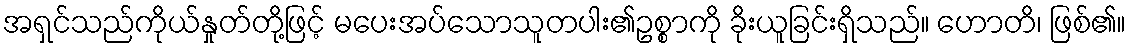
အရှင်သည်ကိုယ်နှုတ်တို့ဖြင့် မပေးအပ်သောသူတပါး၏ဥစ္စာကို ခိုးယူခြင်းရှိသည်။ ဟောတိ၊ ဖြစ်၏။